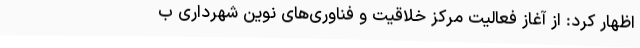
اظهار کرد: از آغاز فعالیت مرکز خلاقیت و فناوری‌های نوین شهرداری ب